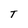
Character: T